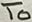
Text: To